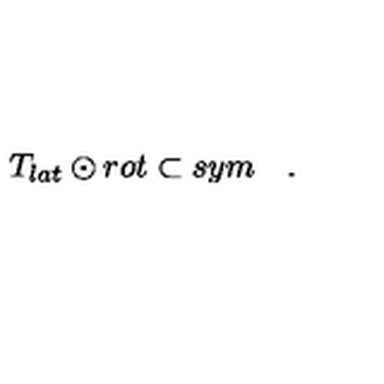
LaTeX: T _ { l a t } \odot r o t \subset s y m \quad .